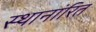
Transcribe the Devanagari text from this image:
स्थानांरित